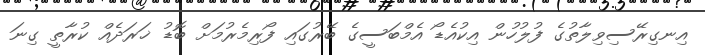
އިނގިރޭސިވިލާތުގެ ފުލުހުން އިކުއެޑޯ އެމްބަސީގެ ބޭރުގައި ފޯރިމެރުމަށް ބޮޑު ޚަރަދެއް ކުރާތީ ގިނަ